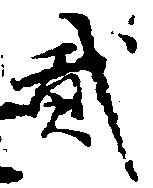
弐